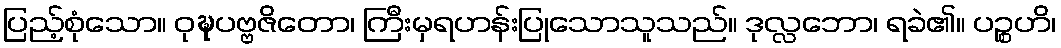
ပြည့်စုံသော။ ဝုဍ္ဎပဗ္ဗဇိတော၊ ကြီးမှရဟန်းပြုသောသူသည်။ ဒုလ္လဘော၊ ရခဲ၏။ ပဉ္စဟိ၊